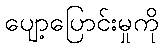
ပျော့ပြောင်းမှုကို